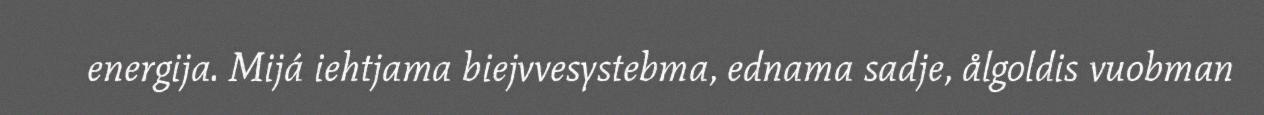
energija. Mijá iehtjama biejvvesystebma, ednama sadje, ålgoldis vuobman